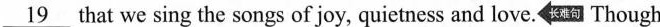
\underline{19} that we sing the songs of joy, quietness and love. 长难句 Though